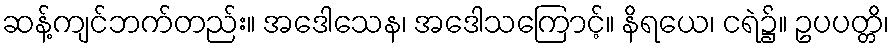
ဆန့်ကျင်ဘက်တည်း။ အဒေါသေန၊ အဒေါသကြောင့်။ နိရယေ၊ ငရဲ၌။ ဥပပတ္တိ၊